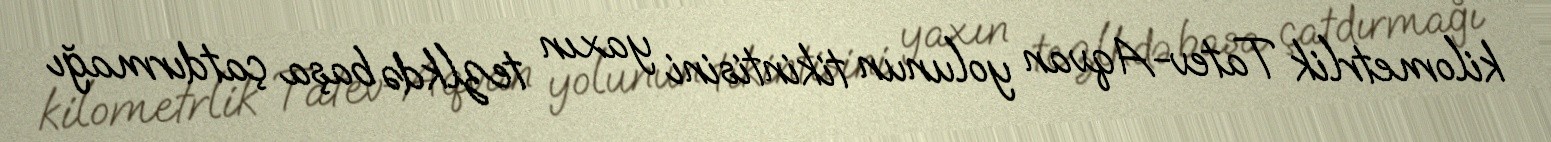
kilometrlik Tatev-Aqvan yolunun tikintisini yaxın tezlkdə başa çatdırmağı